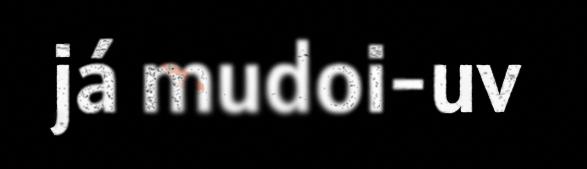
já mudoi-uv